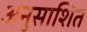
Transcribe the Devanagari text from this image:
अनुसाशित